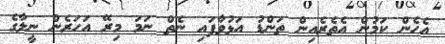
އެހެން ކަމުން އެތެރެއިން ތަންޑު އަޅުވާފައި ނެތް ނަމަ މިރޭ އަހަރެން ނީލާގެ